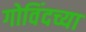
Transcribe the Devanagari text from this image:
गोविंदच्या